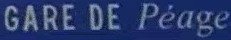
GARE DE Péage